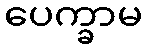
ပေက္ခာမ